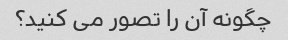
چگونه آن را تصور می کنید؟